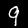
Label: 9